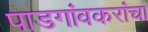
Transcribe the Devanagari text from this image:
पाडगांवकरांचा